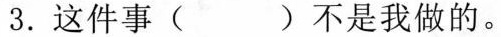
3.这件事( )不是我做的。